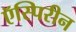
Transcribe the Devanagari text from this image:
ऍस्पिरीन